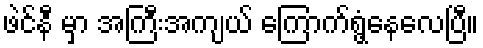
ဖဲင်နီ မှာ အကြီးအကျယ် ကြောက်ရွံ့နေလေပြီ။